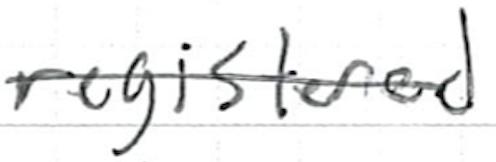
Text: registered
Cross-out: single-line
Writing tool: ballpoint